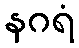
နဂရံ